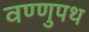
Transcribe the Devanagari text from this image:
वण्णुपथ